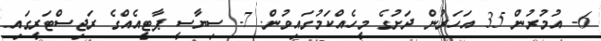
6- އުމުރުން 35 އަހަރުން ދަށުގެ މީހެއްކަމުގައިވުން. 7- ސިޔާސީ ޕާޓީއެއްގެ ރަޖިސްޓަރީގައި